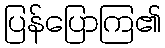
ပြန်ပြောကြ၏